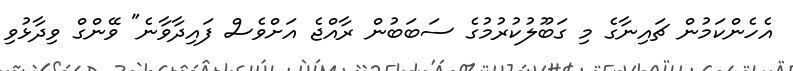
އެހެންކަމުން ޗައިނާގެ މި ގަބޫލުކުރުމުގެ ސަބަބުން ރާއްޖެ އަށްވެސް ފައިދާވާނެ" ވޭންގް ވިދާޅުވި